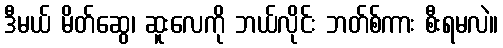
ဒီမယ် မိတ်ဆွေ၊ ဆူးလေကို ဘယ်လိုင်း ဘတ်စ်ကား စီးရမလဲ။